Leprosy in India: report of the Leprosy Commission in India, 1890-91
Year: 1890
Disease focus: Leprosy
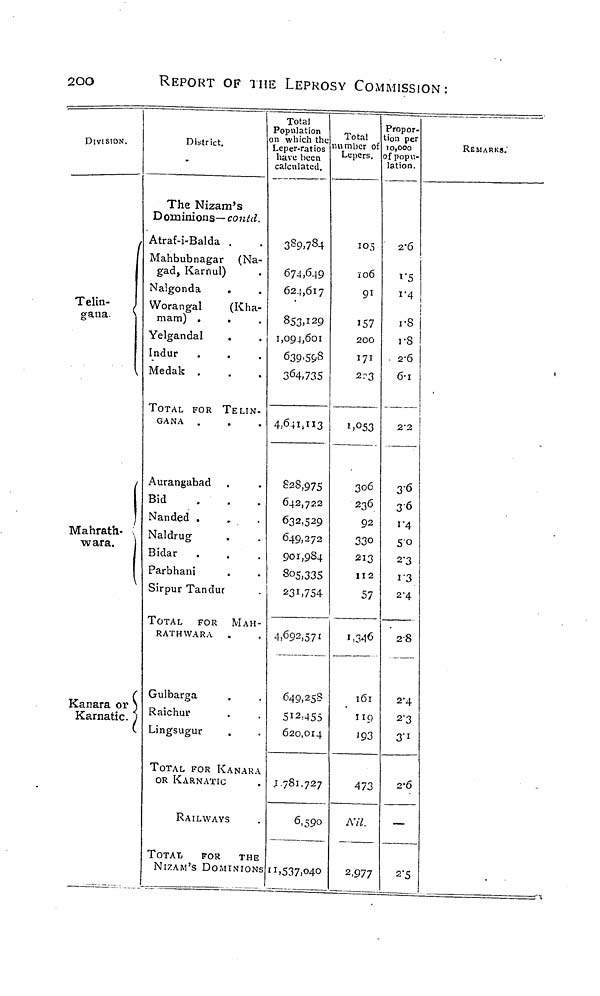
2oo
REPORT OF THE LEPROSY COMMISSION:
DIVISION.
t
Telin- 1
gana.
\
\
Mahrath-
wara.
i
Kanara or
Karnatic.
District.
The Nizam's
Dominions— contd.
Atraf-i-Balda .
Mahbubnagar (Na-
gad, Karfiul)
Nalgonda
Worangal
(Kha-
mam) .
•
Yelgandal
Indur
Medak .
TOTAL FOR TELIN-
GANA
Aurangabad
Bid
Nanded .
Naldrug
Bidar
Parbhani
Sirpur Tandur
TOTAL
FOR MAH
RAT H WAR A
' Gulbarga
I R aichur
,. Lingsugur
TOTAL FOR KANAI
OR KARNATIC
RAILWAYS
TOTAI;
FOR
Tt
NIZAM'S DOMINIO
Total
3 opulation
n which the
.eper-ratios
have been
calculated.
3S9J84
674,0^9
62.1,617
853,i 2 9
1,09.1,601
639'5&8
3 6 4,73S
4,6+i>"3
828,975
642,722
632,529
649,272
9Oi,9S-|
805,33.
231,754
• 4,692,57
649,25
512,45
620,01
A
. J 781.72
6.55
IE
Ns n,537>°4
Total
imber of
Lepers.
io6
91
157
200
171
2r3
i,°53
30C
23d
92
33<-
21;
11 í
5
t
i ,34
S
16
5
11
4
19
7
4/
0
Ail
\.O
2,9'
Propor-
tion per
10,000
of popu-
lation.
2-6
I"5
1-4
1
1-8 ¡
1-8 1
2-6
6-1
2-2
3-6
36
i'4
>
50
5
2-3
2
13
1
2-4
5
28
1
2-4
9
2-3
3
3'1
3
2-6
—
77
2-5
REMARKS.'